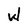
Character: W